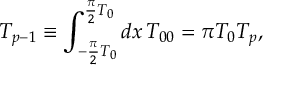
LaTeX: T _ { p - 1 } \equiv \int _ { - \frac { \pi } { 2 } T _ { 0 } } ^ { \frac { \pi } { 2 } T _ { 0 } } d x \, T _ { 0 0 } = \pi T _ { 0 } T _ { p } ,